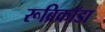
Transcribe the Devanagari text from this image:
रूब्रिकॉडा